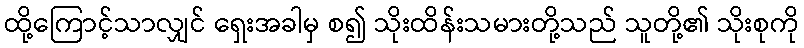
ထို့ကြောင့်သာလျှင် ရှေးအခါမှ စ၍ သိုးထိန်းသမားတို့သည် သူတို့၏ သိုးစုကို